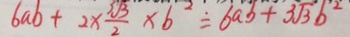
6 a b + 2 \times \frac { 3 \sqrt { 3 } } { 2 } \times 6 ^ { 2 } \div 6 a b + 3 \sqrt { 3 } b ^ { 2 }